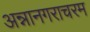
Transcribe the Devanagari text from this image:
अन्नानगराचरम